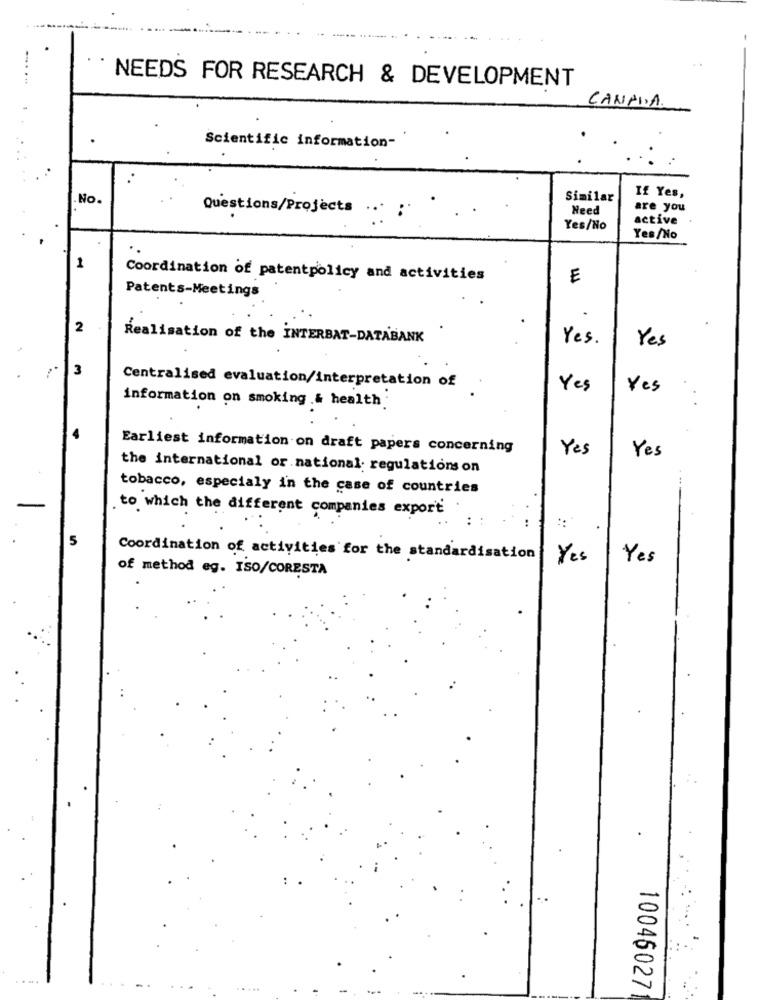
NEEDS FOR RESEARCH & DEVELOPMENT
CANADA.
Scientific information-
No.
Similar
If Yes,
Questions/Projects
Need
are you
active
Yes/No
Yes /No
1
Coordination of patentpolicy and activities
E
Patents-Meetings
2
Realisation of the INTERBAT-DATABANK
Yes.
Yes
3
Centralised evaluation/interpretation of
Yes
Yes
information on smoking .& health
Earliest information on draft papers concerning
Yes
Yes
the international or national; regulations on
tobacco, especialy in the case of countries
to which the different companies export
::
5
Coordination of activities for the standardisation
Yes
Yes
of method eg. ISO/CORESTA
.....
...
10046027